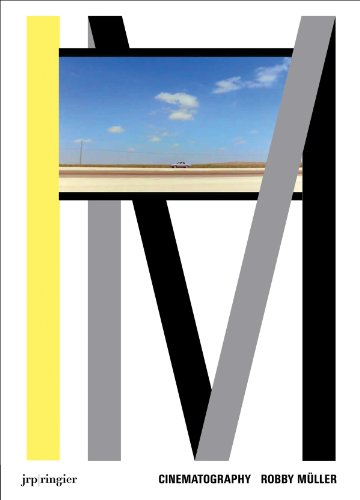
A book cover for Robby MÃ¼ller: Cinematography; Linda van Deursen; Arts & Photography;